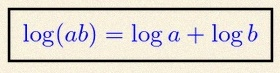
\log(ab)=\log a+\log b